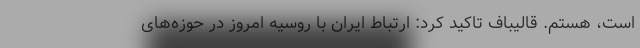
است، هستم. قالیباف تاکید کرد: ارتباط ایران با روسیه امروز در حوزه‌های